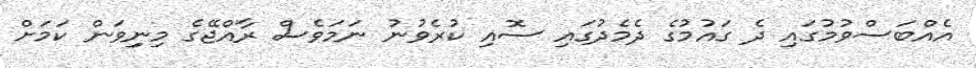
އެއްބަސްވުމުގައި ދެ ގައުމުގެ ދެމެދުގައި ސޮއި ކުރެވުނު ނަމަވެސް ރާއްޖޭގެ މިނިިވަން ކަމަށް